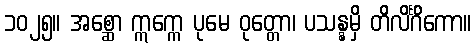
၁၀၂၅။ အစ္ဆော ဣက္ကေ ပုမေ ဝုတ္တော၊ ပသန္နမှိ တိလိင်္ဂိကော။